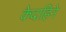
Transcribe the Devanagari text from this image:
केदाहिने